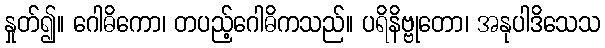
နှုတ်၍။ ဂေါဓိကော၊ တပည့်ဂေါဓိကသည်။ ပရိနိဗ္ဗုတော၊ အနုပါဒိသေသ